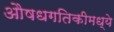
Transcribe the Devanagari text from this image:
औषधगतिकीमध्ये